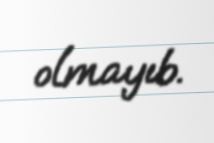
olmayıb.